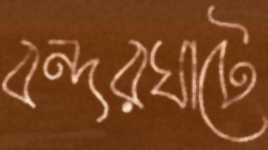
বন্দরঘাটে